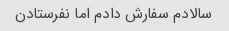
سالادم سفارش دادم اما نفرستادن